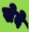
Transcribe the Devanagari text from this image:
सेदे